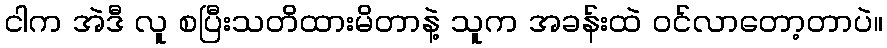
ငါက အဲဒီ လူ စပြီးသတိထားမိတာနဲ့ သူက အခန်းထဲ ဝင်လာတော့တာပဲ။